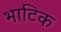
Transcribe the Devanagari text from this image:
भाटिक